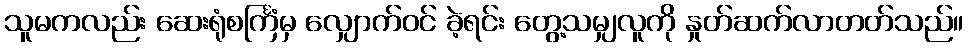
သူမကလည်း ဆေးရုံစင်္ကြံမှ လျှောက်ဝင် ခဲ့ရင်း တွေ့သမျှလူကို နှုတ်ဆက်လာတတ်သည်။